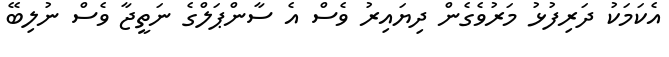
އެކަމަކު ދަރިފުޅު މަރުވެގެން ދިޔައިރު ވެސް އެ ސާންޕަލްގެ ނަތީޖާ ވެސް ނުލިބޭ